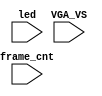
`timescale 1ns/1ps

module mist_dump(
    input           VGA_VS,
    input           led,
    input   [31:0]  frame_cnt
);

`ifdef DUMP
`ifndef NCVERILOG // iVerilog:
    initial begin
        // #(200*100*1000*1000);
        $display("DUMP enabled");
        $dumpfile("test.lxt");
    end
    `ifdef LOADROM
    always @(negedge led) if( $time > 20000 ) begin // led = downloading signal
        $display("DUMP starts");
        $dumpvars(0,mist_test);
        $dumpon;
    end
    `else
        `ifdef DUMP_START
        always @(negedge VGA_VS) if( frame_cnt==`DUMP_START ) begin
        `else
            initial begin
        `endif
            $display("DUMP starts");
            `ifdef DEEPDUMP
                $dumpvars(0,mist_test);
            `else
                $dumpvars(1,mist_test.UUT.u_game.u_main);
                $dumpvars(1,mist_test.frame_cnt);
            `endif
            $dumpon;
        end
    `endif
`else // NCVERILOG
    `ifdef DUMP_START
    always @(negedge VGA_VS) if( frame_cnt==`DUMP_START ) begin
    `else
    initial begin
    `endif
        $shm_open("test.shm");
        `ifdef DEEPDUMP
            $display("NC Verilog: will dump all signals");
            $shm_probe(mist_test,"AS");
        `else
            $display("NC Verilog: will dump selected signals");
            $shm_probe(frame_cnt);
            $shm_probe(UUT.u_game.u_main,"A");
            $shm_probe(UUT.u_game.HS);
            $shm_probe(UUT.u_game.VS);
            $shm_probe(UUT.u_game,"A");
            $shm_probe(UUT.u_game.u_timer,"A");
            $shm_probe(UUT.u_game.u_video,"A");
            $shm_probe(UUT.u_game.u_video.u_star,"A");
        `endif
    end
`endif
`endif

endmodule // mist_dump